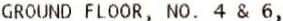
GROUND FLOOR, NO. 4 & 6,